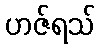
ဟဇ်ရသ်